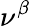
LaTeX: \nu^{\beta}